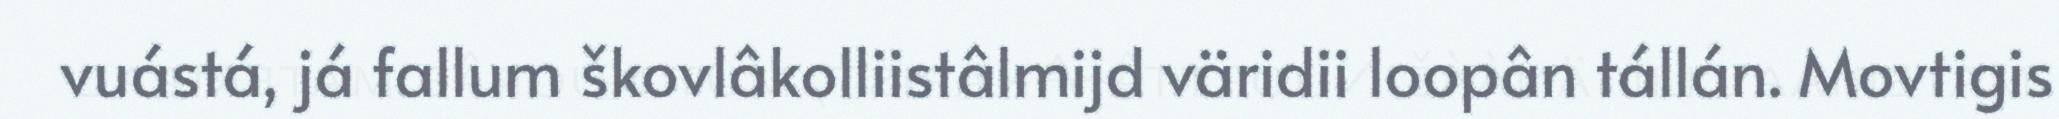
vuástá, já fallum škovlâkolliistâlmijd väridii loopân tállán. Movtigis